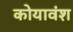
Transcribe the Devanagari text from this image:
कोयावंश